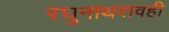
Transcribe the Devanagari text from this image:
रघुनाथरावही